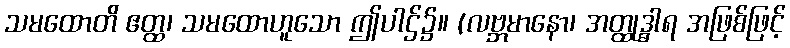
သမထောတိ ဧတ္ထ၊ သမထောဟူသော ဤပါဌ်၌။ (လဗ္ဘမာနော၊ အတ္ထုဒ္ဓါရ အဖြစ်ဖြင့်